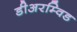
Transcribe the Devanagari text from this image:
डीअरम्विड